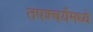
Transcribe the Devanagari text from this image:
तपश्चर्येमध्ये